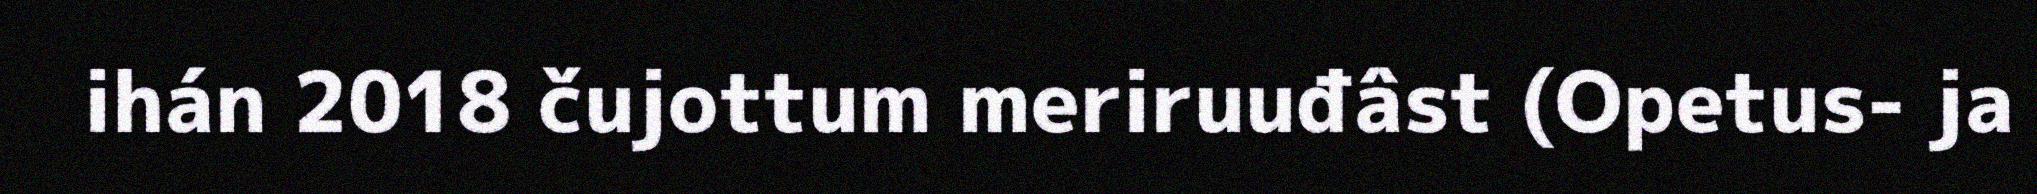
ihán 2018 čujottum meriruuđâst (Opetus- ja